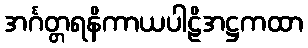
အင်္ဂတ္တရနိကာယပါဠိအဋ္ဌကထာ